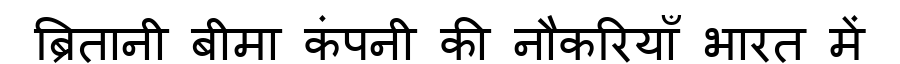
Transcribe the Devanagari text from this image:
ब्रितानी बीमा कंपनी की नौकरियाँ भारत में